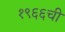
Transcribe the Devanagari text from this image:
१९६६ची